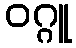
ဝဂ္ဂူ